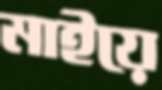
মাইয়ে